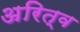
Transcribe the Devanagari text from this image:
अरित्व